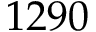
1 2 9 0